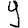
Digit: 9